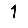
Digit: 1